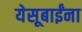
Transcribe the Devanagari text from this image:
येसूबाईंना